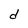
Character: d